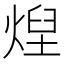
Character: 㷐